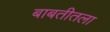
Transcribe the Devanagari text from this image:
बाबतीतला